Indian Medical Review
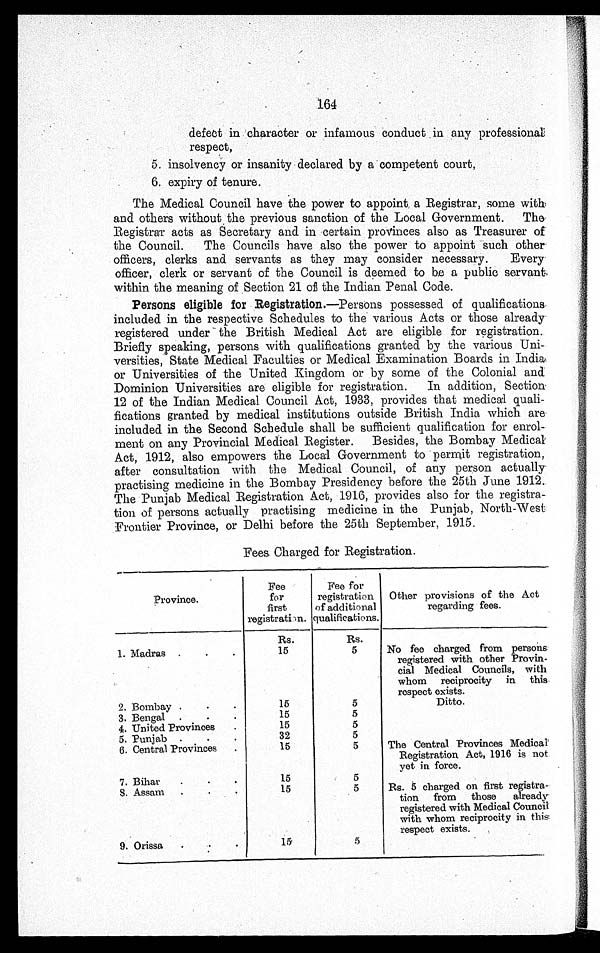
164
defect in character or infamous conduct in any professional
respect,
5. insolvency or insanity declared by a competent court,
6. expiry of tenure.
The Medical Council have the power to appoint a Registrar, some with
and others without the previous sanction of the Local Government. The
Registrar acts as Secretary and in certain provinces also as Treasurer of
the Council. The Councils have also the power to appoint such other
officers, clerks and servants as they may consider necessary. Every
officer, clerk or servant of the Council is deemed to be, a public servant
within the meaning of Section 21 of the Indian Penal Code.
Persons eligible for Registration.— Persons possessed of qualifications
included in the respective Schedules to the various Acts or those already
registered under the British Medical Act are eligible for registration.
Briefly speaking, persons with qualifications granted by the various Uni-
versities, State Medical Faculties or Medical Examination Boards in India
or Universities of the United Kingdom or by some of the Colonial and
Dominion Universities are eligible for registration. In addition, Section
12 of the Indian Medical Council Act, 1933, provides that medical quali
- f i c a t i o n s g r a n t e d b y m e d i c a l i n s t i t u t i o n s o u t s i d e B r i t i s h I n d i a w h i c h a r e
included in the Second Schedule shall be sufficient qualification for enrol-
ment on any Provincial Medical Register. Besides, the Bombay Medical
Act, 1912, also empowers the Local Government to permit registration,
after consultation with the Medical Council, of any person actually
practising medicine in the Bombay Presidency before the 25th June 1912.
The Punjab Medical Registration Act, 1916, provides also for the registra
- t i o n o f p e r s o n s a c t u a l l y p r a c t i s i n g m e d i c i n e i n t h e P u n j a b , N o r t h - W e s t
Frontier Province, or Delhi before the 25th September, 1915.
Fees Charged for Registration.
Province.
Fee
for
first
registration.
Fee for
registration
of additional
qualifications.
Other provisions of the Act
regarding fees.
Rs.
Rs.
1. Madras . . .
15
5
No fee charged from persons
registered with other Provin -
cial Medical Councils, with
whom reciprocity in this
respect exists.
2. Bombay . . .
15
5
Ditto.
3. Bengal . . .
15
5
4. United Provinces . . .
15
5
5. Punjab . . .
32
5
The Central Provinces Medical
Registration Act, 1916 is not
yet in force.
6. Central Provinces . . .
15
5
7. Bihar . . .
15
5
Rs. 5 charged on first registra-
tion from those already
registered with Medical Council
with whom reciprocity in this
respect exists.
8. Assam . . .
15
5
9. Orissa . . .
15
5